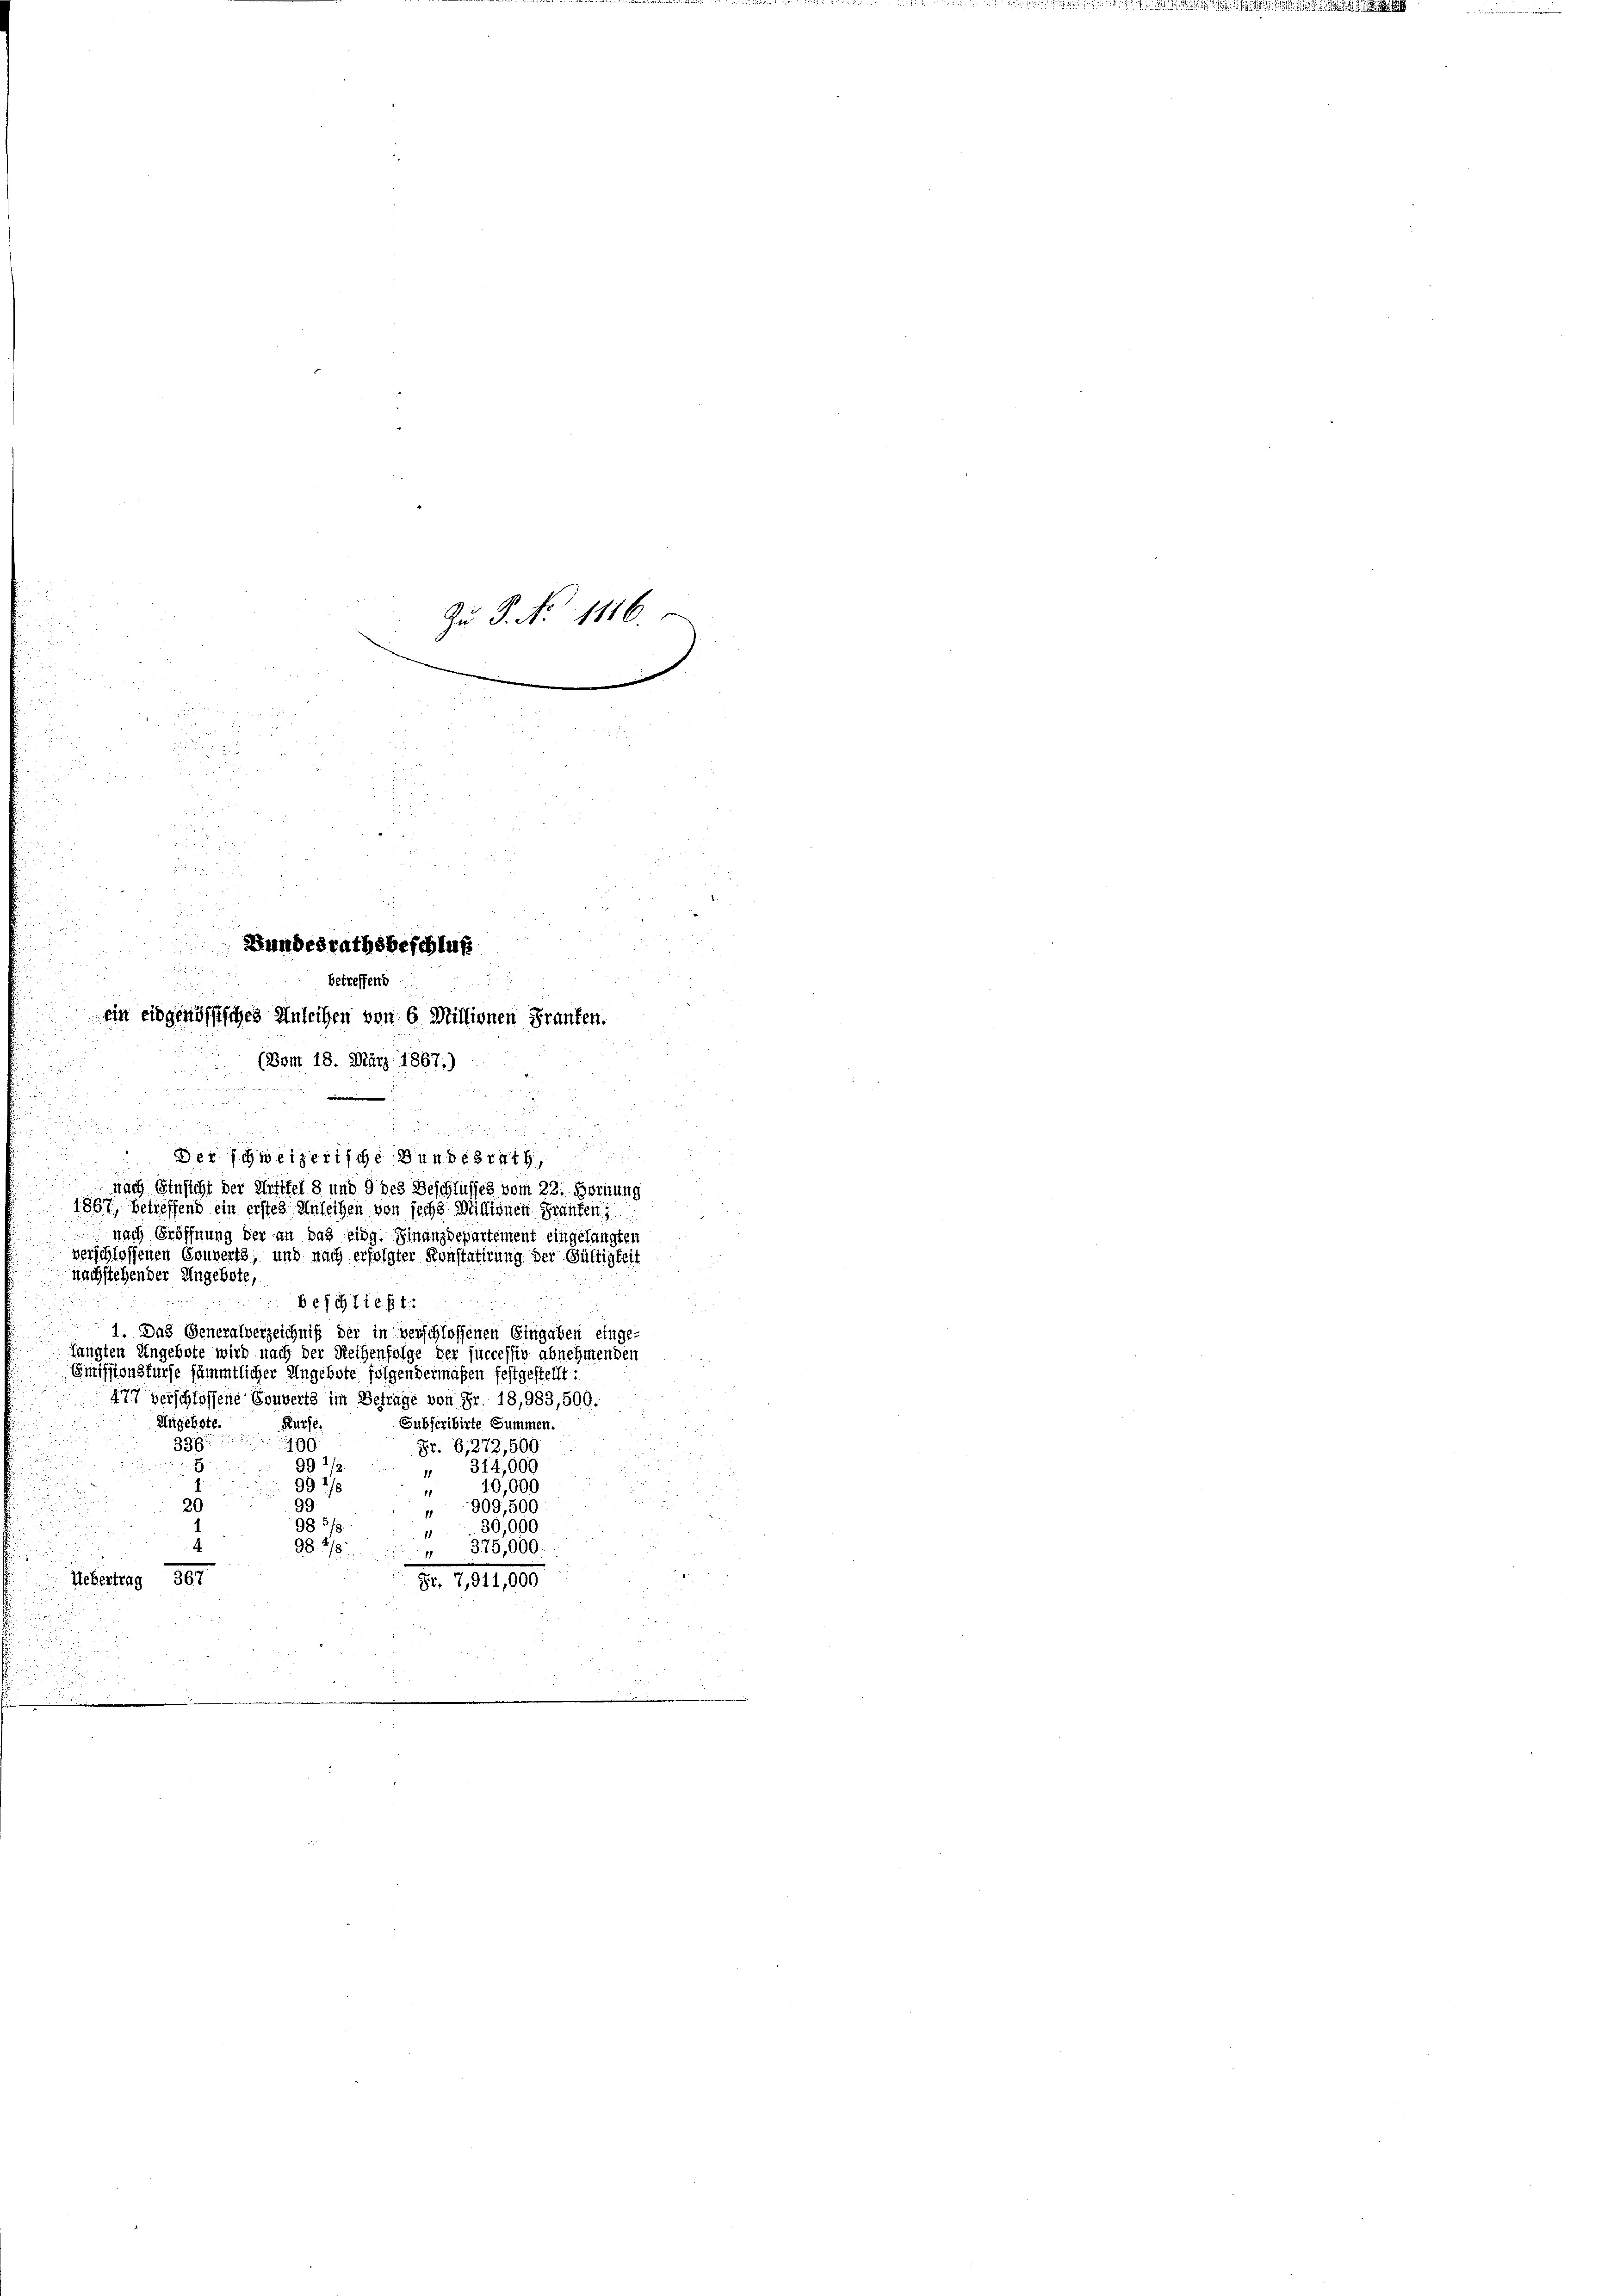
B
i

n
5

.

Bundesrathsbeschluß
betreffend
ein eidgenössisches Anleihen von 6 Millionen Franken.
(Bom 18. März 1867.)

2

 Der schweizerische Bundesrath,
i
nach Einsicht der Artikel 8 und d des Beschlusses vom 22. Hornung
1867, betreffend ein erstes Anleihen von sechs Millignen Franken;
nach Eröffnung der an das eidg. Finanzdepartement eingelangten
verschlossenen Gouverts, und nach erfolgter Konstatirung der Gültigkeit
nachstehender Angebote,
beschließt:

1. Das Generalverzeichniß der in verschlossenen Eingaben einge-
langten Ungebote wird nach der Reihenfolge der successiv abnehmenden
Emissionsfürse sämmtlicher Ungebote folgendermaßen festgestellt:
477 verschlossene Couverts im Betrage von Fr. 18,983,500.
Angebote.
Küsse.
Subscribirte Summen.
336
100
Fr. 6, 272,500
99 1/
314,000
E
1
99 1/2
10,000
99
20
909,500
98
30,000
98. 418.
 375,000.
Uebertrag
Fr. 7,911,000

Zu P. Nr. 1116.

d